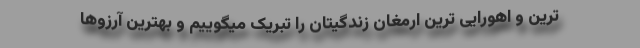
ترین و اهورایی ترین ارمغان زندگیتان را تبریک میگوییم و بهترین آرزوها